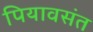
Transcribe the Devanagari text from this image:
पियावसंत